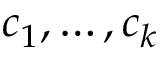
c _ { 1 } , \dots , c _ { k }